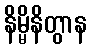
နိမ္မိနိတွာန